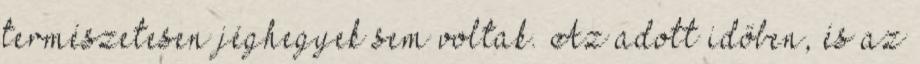
természetesen jéghegyek sem voltak. Az adott időben, és az